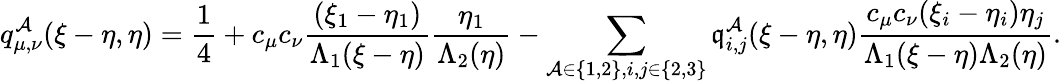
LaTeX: q_{\mu,\nu}^{\mathcal{A}}(\xi-\eta,\eta)=\frac{{1}}{{4}}+c_{\mu}c_{\nu}\frac{{(\xi_{1}-\eta_{1})}}{{\Lambda_{1}(\xi-\eta)}}\frac{{\eta_{1}}}{{\Lambda_{2}(\eta)}}-\sum_{\mathcal{A}\in\{ 1,2\} ,i,j\in\{ 2,3\} }\mathfrak{{q}}_{i,j}^{\mathcal{A}}(\xi-\eta,\eta)\frac{{c_{\mu}c_{\nu}(\xi_{i}-\eta_{i})\eta_{j}}}{{\Lambda_{1}(\xi-\eta)\Lambda_{2}(\eta)}}.